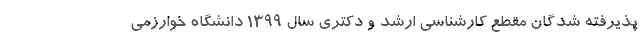
پذیرفته شدگان مقطع کارشناسی ارشد و دکتری سال ۱۳۹۹ دانشگاه خوارزمی